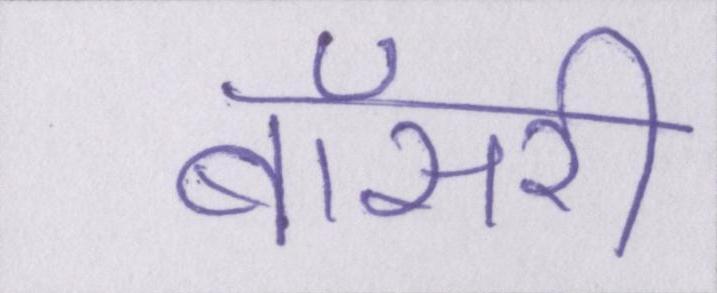
बॉसरी